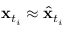
\mathbf { x } _ { t _ { i } } \approx \hat { \mathbf { x } } _ { t _ { i } }